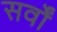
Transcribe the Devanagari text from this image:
सर्वों